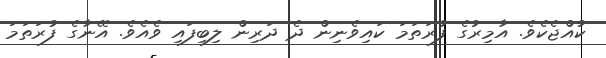
ކުއްޖެކެވެ. އާމިރުގެ ފުރަތަމަ ކައިވެނިން ދެ ދަރިން ލިބިފައި ވެއެވެ. އޭނާގެ ފުރަތަމަ